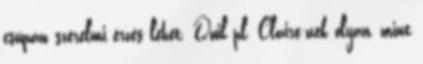
csupán szerelmi érzés lehet. Quil pl. Claire-nek olyan, mint